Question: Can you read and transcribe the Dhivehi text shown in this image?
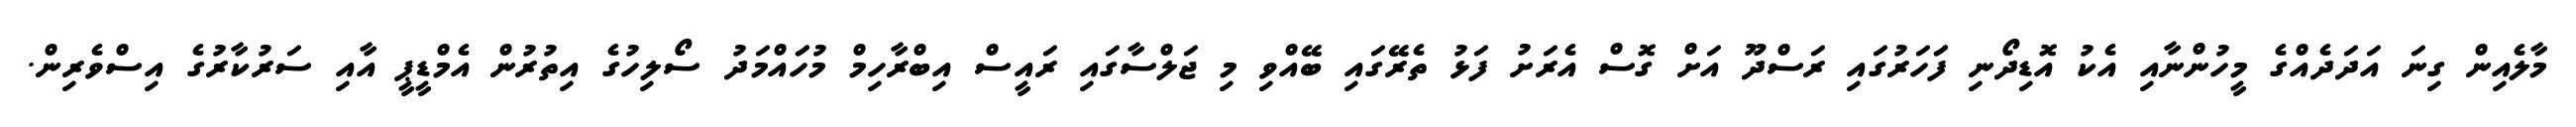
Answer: މާލެއިން ގިނަ އަދަދެއްގެ މީހުންނާއި އެކު އޮޑިދޯނި ފަަހަރުގައި ރަސްދޫ އަށް ގޮސް އެރަށު ފަޅު ތެރޭގައި ބޭއްވި މި ޖަލްސާގައި ރައީސް އިބްރާހިމް މުހަައްމަދު ސޯލިހުގެ އިތުރުން އެމްޑީޕީ އާއި ސަރުކާރުގެ އިސްވެރިން.